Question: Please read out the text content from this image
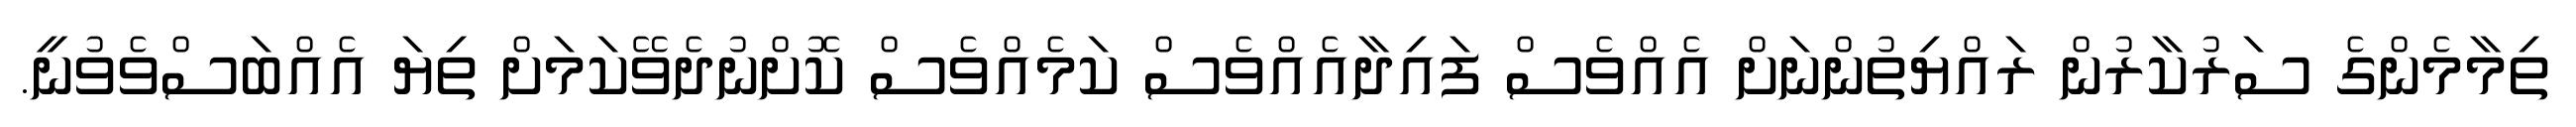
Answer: ތިމާމެންގެ ސަރުކާރުން ރައްޔިތުންނަށް އެއްވެސް ފައިދާއެއްވެސް ކަމެއްވެސް ކޮށްނުދެވޭކަމަށް ތިޔަ އެއްބަސްވެވުނީ.